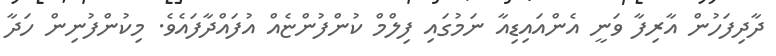
ދާދިފަހުން އާރިފާ ވަނީ އެންއައިޑިއާ ނަމުގައި ފިލްމް ކުންފުންޏެއް އުފައްދާފައެވެ. މިކުންފުނިން ހަދާ